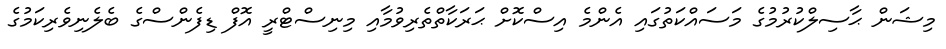
މިޝަން ޙާސިލްކުރުމުގެ މަސައްކަތުގައި އެންމެ އިސްކޮށް ޙަރަކާތްތެރިވުމާއި މިނިސްޓްރީ އޮފް ޑިފެންސްގެ ބެލެނިވެރިކަމުގެ